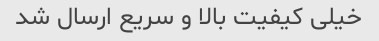
خیلی کیفیت بالا و سریع ارسال شد